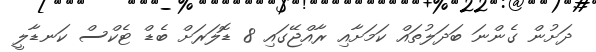
ދަށުން ގެންނަ ބަދަލުތައް ކަމަށާއި ރާއްޖޭގައި 8 ޑޮލަރަށް ބެޑް ޓެކްސް ކަނޑާލީ